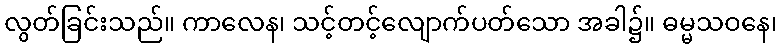
လွတ်ခြင်းသည်။ ကာလေန၊ သင့်တင့်လျောက်ပတ်သော အခါ၌။ ဓမ္မသဝနေ၊